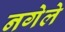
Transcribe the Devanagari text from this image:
नगेले